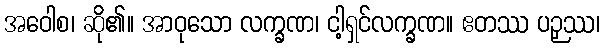
အဝေါစ၊ ဆို၏။ အာဝုသော လက္ခဏ၊ ငါ့ရှင်လက္ခဏ။ ဧတဿ ပဉှဿ၊